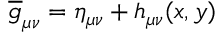
\overline { { { g } } } _ { \mu \nu } = \eta _ { \mu \nu } + h _ { \mu \nu } ( x , y )